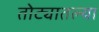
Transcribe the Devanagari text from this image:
तोट्यातल्या